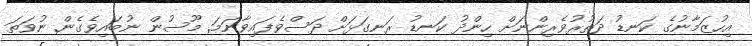
އިހުޒަމާނުގެ ކަނޑު ދަތުރުވެރިންނަށް ހިންދު ކަނޑު ރަނގަޅަށް ދަސްވެފައިވާނަމަ